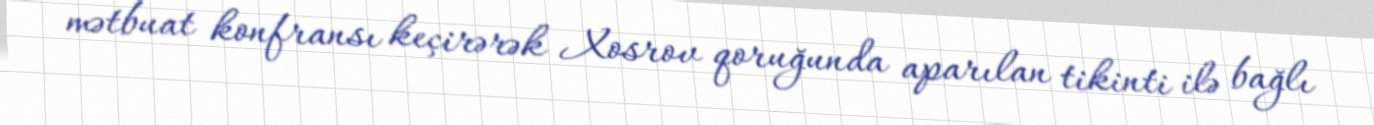
mətbuat konfransı keçirərək Xosrov qoruğunda aparılan tikinti ilə bağlı